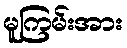
မူကြမ်းအား